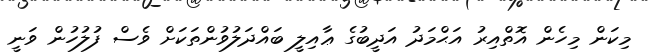
މިކަން މިހެން އޮތްއިރު އަޙްމަދު އަދީބުގެ ޢާއިލީ ބައްދަލުވުންތަކަށް ވެސް ފުލުހުން ވަނީ